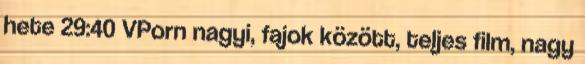
hete 29:40 VPorn nagyi, fajok között, teljes film, nagy